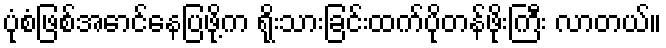
ပုံစံဖြစ်အောင်နေပြဖို့က ရိုးသားခြင်းထက်ပိုတန်ဖိုးကြီး လာတယ်။